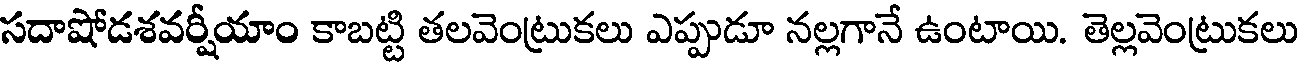
సదాషోడశవర్షీయాం కాబట్టి తలవెంట్రుకలు ఎప్పుడూ నల్లగానే ఉంటాయి. తెల్లవెంట్రుకలు